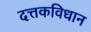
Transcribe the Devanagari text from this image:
दत्तकविधान